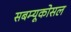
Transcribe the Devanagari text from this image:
सबम्‍यूकोसल